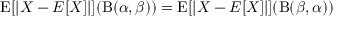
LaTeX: \operatorname { E } [ | X - E [ X ] | ] ( \mathrm { B } ( \alpha , \beta ) ) = \operatorname { E } [ | X - E [ X ] | ] ( \mathrm { B } ( \beta , \alpha ) )